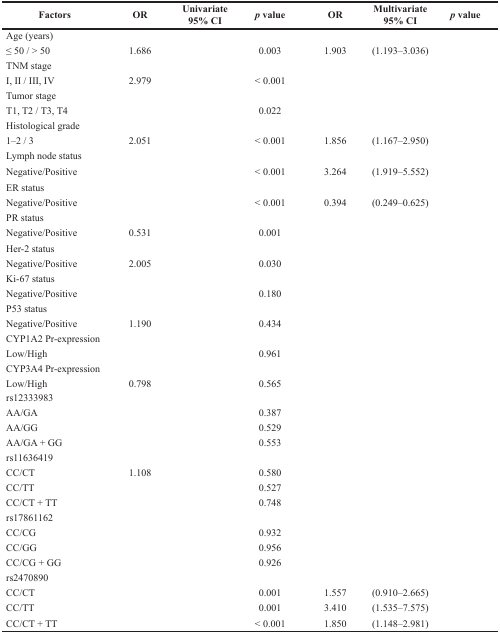
<table><thead><tr><td><b>Factors</b></td><td><b>OR</b></td><td><b>Univariate 95% CI</b></td><td><b><i>p</i> value</b></td><td><b>OR</b></td><td><b>Multivariate 95% CI</b></td><td><b><i>p</i> value</b></td></tr></thead><tbody><tr><td>Age (years)</td><td>[EMPTY_CELL]</td><td>[EMPTY_CELL]</td><td>[EMPTY_CELL]</td><td>[EMPTY_CELL]</td><td>[EMPTY_CELL]</td><td>[EMPTY_CELL]</td></tr><tr><td>≤ 50 / &gt; 50</td><td>1.686</td><td>[EMPTY_CELL]</td><td>0.003</td><td>1.903</td><td>(1.193–3.036)</td><td>[EMPTY_CELL]</td></tr><tr><td>TNM stage</td><td>[EMPTY_CELL]</td><td>[EMPTY_CELL]</td><td>[EMPTY_CELL]</td><td>[EMPTY_CELL]</td><td>[EMPTY_CELL]</td><td>[EMPTY_CELL]</td></tr><tr><td>I, II / III, IV</td><td>2.979</td><td>[EMPTY_CELL]</td><td>&lt; 0.001</td><td>[EMPTY_CELL]</td><td>[EMPTY_CELL]</td><td>[EMPTY_CELL]</td></tr><tr><td>Tumor stage</td><td>[EMPTY_CELL]</td><td>[EMPTY_CELL]</td><td>[EMPTY_CELL]</td><td>[EMPTY_CELL]</td><td>[EMPTY_CELL]</td><td>[EMPTY_CELL]</td></tr><tr><td>T1, T2 / T3, T4</td><td>[EMPTY_CELL]</td><td>[EMPTY_CELL]</td><td>0.022</td><td>[EMPTY_CELL]</td><td>[EMPTY_CELL]</td><td>[EMPTY_CELL]</td></tr><tr><td>Histological grade</td><td>[EMPTY_CELL]</td><td>[EMPTY_CELL]</td><td>[EMPTY_CELL]</td><td>[EMPTY_CELL]</td><td>[EMPTY_CELL]</td><td>[EMPTY_CELL]</td></tr><tr><td>1–2 / 3</td><td>2.051</td><td>[EMPTY_CELL]</td><td>&lt; 0.001</td><td>1.856</td><td>(1.167–2.950)</td><td>[EMPTY_CELL]</td></tr><tr><td>Lymph node status</td><td>[EMPTY_CELL]</td><td>[EMPTY_CELL]</td><td>[EMPTY_CELL]</td><td>[EMPTY_CELL]</td><td>[EMPTY_CELL]</td><td>[EMPTY_CELL]</td></tr><tr><td>Negative/Positive</td><td>[EMPTY_CELL]</td><td>[EMPTY_CELL]</td><td>&lt; 0.001</td><td>3.264</td><td>(1.919–5.552)</td><td>[EMPTY_CELL]</td></tr><tr><td>ER status</td><td>[EMPTY_CELL]</td><td>[EMPTY_CELL]</td><td>[EMPTY_CELL]</td><td>[EMPTY_CELL]</td><td>[EMPTY_CELL]</td><td>[EMPTY_CELL]</td></tr><tr><td>Negative/Positive</td><td>[EMPTY_CELL]</td><td>[EMPTY_CELL]</td><td>&lt; 0.001</td><td>0.394</td><td>(0.249–0.625)</td><td>[EMPTY_CELL]</td></tr><tr><td>PR status</td><td>[EMPTY_CELL]</td><td>[EMPTY_CELL]</td><td>[EMPTY_CELL]</td><td>[EMPTY_CELL]</td><td>[EMPTY_CELL]</td><td>[EMPTY_CELL]</td></tr><tr><td>Negative/Positive</td><td>0.531</td><td>[EMPTY_CELL]</td><td>0.001</td><td>[EMPTY_CELL]</td><td>[EMPTY_CELL]</td><td>[EMPTY_CELL]</td></tr><tr><td>Her-2 status</td><td>[EMPTY_CELL]</td><td>[EMPTY_CELL]</td><td>[EMPTY_CELL]</td><td>[EMPTY_CELL]</td><td>[EMPTY_CELL]</td><td>[EMPTY_CELL]</td></tr><tr><td>Negative/Positive</td><td>2.005</td><td>[EMPTY_CELL]</td><td>0.030</td><td>[EMPTY_CELL]</td><td>[EMPTY_CELL]</td><td>[EMPTY_CELL]</td></tr><tr><td>Ki-67 status</td><td>[EMPTY_CELL]</td><td>[EMPTY_CELL]</td><td>[EMPTY_CELL]</td><td>[EMPTY_CELL]</td><td>[EMPTY_CELL]</td><td>[EMPTY_CELL]</td></tr><tr><td>Negative/Positive</td><td>[EMPTY_CELL]</td><td>[EMPTY_CELL]</td><td>0.180</td><td>[EMPTY_CELL]</td><td>[EMPTY_CELL]</td><td>[EMPTY_CELL]</td></tr><tr><td>P53 status</td><td>[EMPTY_CELL]</td><td>[EMPTY_CELL]</td><td>[EMPTY_CELL]</td><td>[EMPTY_CELL]</td><td>[EMPTY_CELL]</td><td>[EMPTY_CELL]</td></tr><tr><td>Negative/Positive</td><td>1.190</td><td>[EMPTY_CELL]</td><td>0.434</td><td>[EMPTY_CELL]</td><td>[EMPTY_CELL]</td><td>[EMPTY_CELL]</td></tr><tr><td>CYP1A2 Pr-expression</td><td>[EMPTY_CELL]</td><td>[EMPTY_CELL]</td><td>[EMPTY_CELL]</td><td>[EMPTY_CELL]</td><td>[EMPTY_CELL]</td><td>[EMPTY_CELL]</td></tr><tr><td>Low/High</td><td>[EMPTY_CELL]</td><td>[EMPTY_CELL]</td><td>0.961</td><td>[EMPTY_CELL]</td><td>[EMPTY_CELL]</td><td>[EMPTY_CELL]</td></tr><tr><td>CYP3A4 Pr-expression</td><td>[EMPTY_CELL]</td><td>[EMPTY_CELL]</td><td>[EMPTY_CELL]</td><td>[EMPTY_CELL]</td><td>[EMPTY_CELL]</td><td>[EMPTY_CELL]</td></tr><tr><td>Low/High</td><td>0.798</td><td>[EMPTY_CELL]</td><td>0.565</td><td>[EMPTY_CELL]</td><td>[EMPTY_CELL]</td><td>[EMPTY_CELL]</td></tr><tr><td>rs12333983</td><td>[EMPTY_CELL]</td><td>[EMPTY_CELL]</td><td>[EMPTY_CELL]</td><td>[EMPTY_CELL]</td><td>[EMPTY_CELL]</td><td>[EMPTY_CELL]</td></tr><tr><td>AA/GA</td><td>[EMPTY_CELL]</td><td>[EMPTY_CELL]</td><td>0.387</td><td>[EMPTY_CELL]</td><td>[EMPTY_CELL]</td><td>[EMPTY_CELL]</td></tr><tr><td>AA/GG</td><td>[EMPTY_CELL]</td><td>[EMPTY_CELL]</td><td>0.529</td><td>[EMPTY_CELL]</td><td>[EMPTY_CELL]</td><td>[EMPTY_CELL]</td></tr><tr><td>AA/GA + GG</td><td>[EMPTY_CELL]</td><td>[EMPTY_CELL]</td><td>0.553</td><td>[EMPTY_CELL]</td><td>[EMPTY_CELL]</td><td>[EMPTY_CELL]</td></tr><tr><td>rs11636419</td><td>[EMPTY_CELL]</td><td>[EMPTY_CELL]</td><td>[EMPTY_CELL]</td><td>[EMPTY_CELL]</td><td>[EMPTY_CELL]</td><td>[EMPTY_CELL]</td></tr><tr><td>CC/CT</td><td>1.108</td><td>[EMPTY_CELL]</td><td>0.580</td><td>[EMPTY_CELL]</td><td>[EMPTY_CELL]</td><td>[EMPTY_CELL]</td></tr><tr><td>CC/TT</td><td>[EMPTY_CELL]</td><td>[EMPTY_CELL]</td><td>0.527</td><td>[EMPTY_CELL]</td><td>[EMPTY_CELL]</td><td>[EMPTY_CELL]</td></tr><tr><td>CC/CT + TT</td><td>[EMPTY_CELL]</td><td>[EMPTY_CELL]</td><td>0.748</td><td>[EMPTY_CELL]</td><td>[EMPTY_CELL]</td><td>[EMPTY_CELL]</td></tr><tr><td>rs17861162</td><td>[EMPTY_CELL]</td><td>[EMPTY_CELL]</td><td>[EMPTY_CELL]</td><td>[EMPTY_CELL]</td><td>[EMPTY_CELL]</td><td>[EMPTY_CELL]</td></tr><tr><td>CC/CG</td><td>[EMPTY_CELL]</td><td>[EMPTY_CELL]</td><td>0.932</td><td>[EMPTY_CELL]</td><td>[EMPTY_CELL]</td><td>[EMPTY_CELL]</td></tr><tr><td>CC/GG</td><td>[EMPTY_CELL]</td><td>[EMPTY_CELL]</td><td>0.956</td><td>[EMPTY_CELL]</td><td>[EMPTY_CELL]</td><td>[EMPTY_CELL]</td></tr><tr><td>CC/CG + GG</td><td>[EMPTY_CELL]</td><td>[EMPTY_CELL]</td><td>0.926</td><td>[EMPTY_CELL]</td><td>[EMPTY_CELL]</td><td>[EMPTY_CELL]</td></tr><tr><td>rs2470890</td><td>[EMPTY_CELL]</td><td>[EMPTY_CELL]</td><td>[EMPTY_CELL]</td><td>[EMPTY_CELL]</td><td>[EMPTY_CELL]</td><td>[EMPTY_CELL]</td></tr><tr><td>CC/CT</td><td>[EMPTY_CELL]</td><td>[EMPTY_CELL]</td><td>0.001</td><td>1.557</td><td>(0.910–2.665)</td><td>[EMPTY_CELL]</td></tr><tr><td>CC/TT</td><td>[EMPTY_CELL]</td><td>[EMPTY_CELL]</td><td>0.001</td><td>3.410</td><td>(1.535–7.575)</td><td>[EMPTY_CELL]</td></tr><tr><td>CC/CT + TT</td><td>[EMPTY_CELL]</td><td>[EMPTY_CELL]</td><td>&lt; 0.001</td><td>1.850</td><td>(1.148–2.981)</td><td>[EMPTY_CELL]</td></tr></tbody></table>